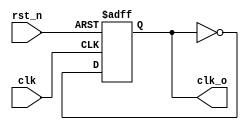
module CLK_DIV_2
(
    // IO declaration
    // input -- declare an input pin
    // clk   -- pin name
    input           clk,
    input           rst_n,
    // output -- declare an output pin
    // reg    -- declare pin with "reg" type signal
    output reg      clk_o
);

// always -- always active block
// @($$$)  -- active with preceding "$$$" signals
// posedge -- rise edge trigger
// negedge -- falling edge trigger
always @(posedge clk or negedge rst_n) 
    if(~rst_n)
        // <= -- non-blocking assignment
        clk_o <= 0;
    else
        clk_o <= ~clk_o;
    
endmodule